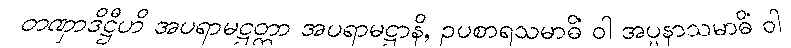
တဏှာဒိဋ္ဌီဟိ အပရာမဋ္ဌတ္တာ အပရာမဋ္ဌာနိ, ဥပစာရသမာဓိံ ဝါ အပ္ပနာသမာဓိံ ဝါ